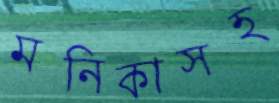
মনিকাসহ